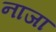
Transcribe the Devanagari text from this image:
नाजा